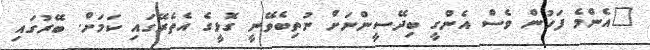
"އެންމެ ފަހުން ވެސް އެންގީ ބިދޭސީންނަށް ނުތިބެވޭނީ ގޮޅީގެ އެެތެރޭގައި ކަމަށް. ބޭރުގައި